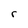
Character: r